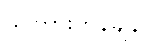
သကြားတန်ချိန်